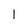
Character: 1